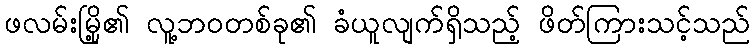
ဖလမ်းမြို့၏ လူ့ဘဝတစ်ခု၏ ခံယူလျက်ရှိသည့် ဖိတ်ကြားသင့်သည်